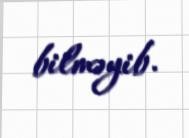
bilməyib.